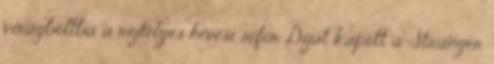
virágboltba a rejtélyes hevesi sofőr Díjat kapott a Stranger